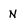
Character: N